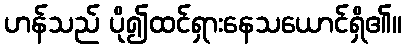
ဟန်သည် ပို၍ထင်ရှားနေသယောင်ရှိ၏။